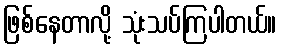
ဖြစ်နေတာလို့ သုံးသပ်ကြပါတယ်။